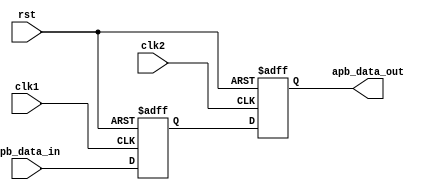
module timing_control_and_sync (
    input wire clk1,   // Clock signal for domain 1
    input wire clk2,   // Clock signal for domain 2
    input wire rst,    // Reset signal
    input wire [3:0] apb_data_in,  // Input data from APB bus
    output wire [3:0] apb_data_out // Output data to APB bus
);

// Clock domain crossing logic
reg [3:0] apb_data_sync;
always @(posedge clk1 or posedge rst) begin
    if (rst) begin
        apb_data_sync <= 4'b0;  // Reset data on domain 1 clock signal
    end else begin
        apb_data_sync <= apb_data_in;  // Synchronize input data on domain 1 clock signal
    end
end

always @(posedge clk2 or posedge rst) begin
    if (rst) begin
        apb_data_out <= 4'b0;  // Reset data on domain 2 clock signal
    end else begin
        apb_data_out <= apb_data_sync;  // Synchronize input data on domain 2 clock signal
    end
end

endmodule